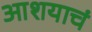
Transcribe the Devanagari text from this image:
आशयाचं